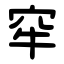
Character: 窂